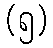
(၅)